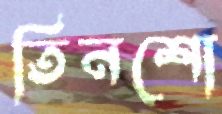
তিনশো